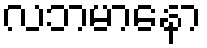
လဘမာနော